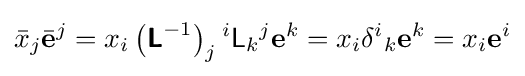
{\bar {x}}_{j}{\bar {\mathbf {e} }}^{j}=x_{i}\left({\boldsymbol {\mathsf {L}}}^{-1}\right)_{j}{}^{i}{\mathsf {L}}_{k}{}^{j}\mathbf {e} ^{k}=x_{i}\delta ^{i}{}_{k}\mathbf {e} ^{k}=x_{i}\mathbf {e} ^{i}